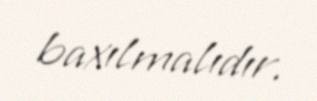
baxılmalıdır.